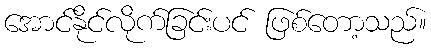
အောင်နိုင်လိုက်ခြင်းပင် ဖြစ်တော့သည်။